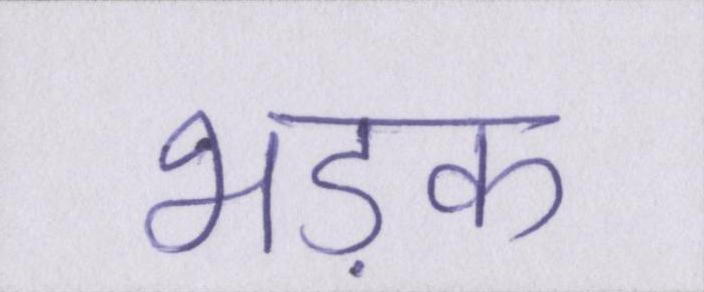
भड़क